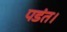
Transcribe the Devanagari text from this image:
पडंत।